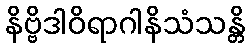
နိဗ္ဗိဒါဝိရာဂါနိသံသန္တိ